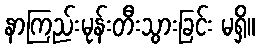
နာကြည်းမုန်းတီးသွားခြင်း မရှိ။